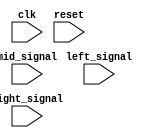
`timescale 1ns/1ps
module tracker_sensor(clk, reset, left_signal, right_signal, mid_signal/*, state*/);
    input clk;
    input reset;
    input left_signal, right_signal, mid_signal;
    //output reg [1:0] state;

    // [TO-DO] Receive three signals and make your own policy.
    // Hint: You can use output state to change your action.

endmodule